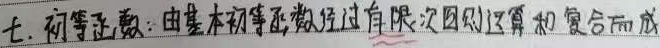
七. 初等函数：由基本初等函数经过有限次四则运算和复合而成